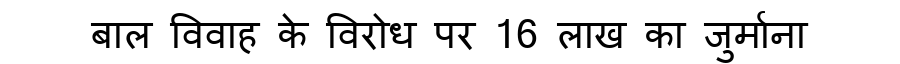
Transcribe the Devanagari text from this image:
बाल विवाह के विरोध पर 16 लाख का जुर्माना